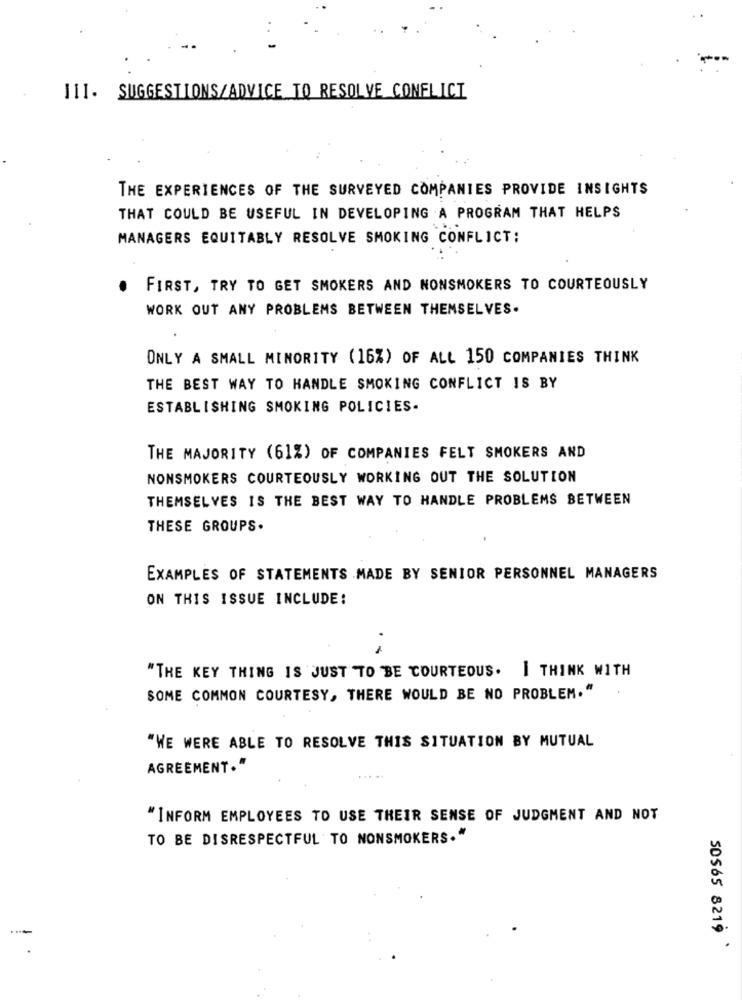
III. SUGGESTIONS/ADVICE TO RESOLVE CONFLICT
THE EXPERIENCES OF THE SURVEYED COMPANIES PROVIDE INSIGHTS
THAT COULD BE USEFUL IN DEVELOPING A PROGRAM THAT HELPS
MANAGERS EQUITABLY RESOLVE SMOKING CONFLICT:
FIRST, TRY TO GET SMOKERS AND NONSMOKERS TO COURTEOUSLY
WORK OUT ANY PROBLEMS BETWEEN THEMSELVES.
ONLY A SMALL MINORITY (16%) OF ALL 150 COMPANIES THINK
THE BEST WAY TO HANDLE SMOKING CONFLICT IS BY
ESTABLISHING SMOKING POLICIES-
THE MAJORITY (61%) OF COMPANIES FELT SMOKERS AND
NONSMOKERS COURTEOUSLY WORKING OUT THE SOLUTION
THEMSELVES IS THE BEST WAY TO HANDLE PROBLEMS BETWEEN
THESE GROUPS.
EXAMPLES OF STATEMENTS MADE BY SENIOR PERSONNEL MANAGERS
ON THIS ISSUE INCLUDE:
"THE KEY THING IS JUST TO BE COURTEOUS. I THINK WITH
SOME COMMON COURTESY, THERE WOULD BE NO PROBLEM."
"WE WERE ABLE TO RESOLVE THIS SITUATION BY MUTUAL
AGREEMENT."
.....
"INFORM EMPLOYEES TO USE THEIR SENSE OF JUDGMENT AND NOT
TO BE DISRESPECTFUL TO NONSMOKERS."
50565 8219 .